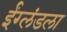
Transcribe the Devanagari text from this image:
ईंग्लंडला